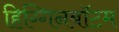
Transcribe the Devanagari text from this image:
हिग्गिनबॉटम